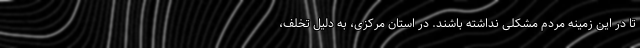
تا در این زمینه مردم مشکلی نداشته باشند. در استان مرکزی، به دلیل تخلف،